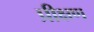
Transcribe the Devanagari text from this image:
प्रीक्षण